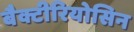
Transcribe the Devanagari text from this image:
बैक्टीरियोसिन